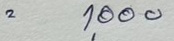
= 1,000